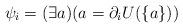
LaTeX: \begin{align*}\psi_i = (\exists a)(a = \partial_i U(\{a\})) \end{align*}